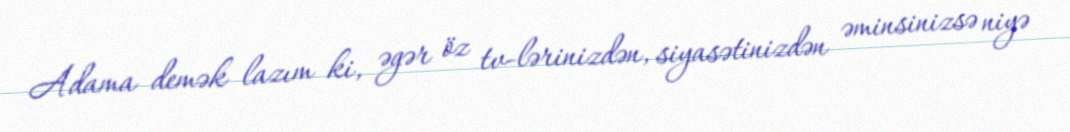
Adama demək lazım ki, əgər öz tv-lərinizdən, siyasətinizdən əminsinizsə niyə